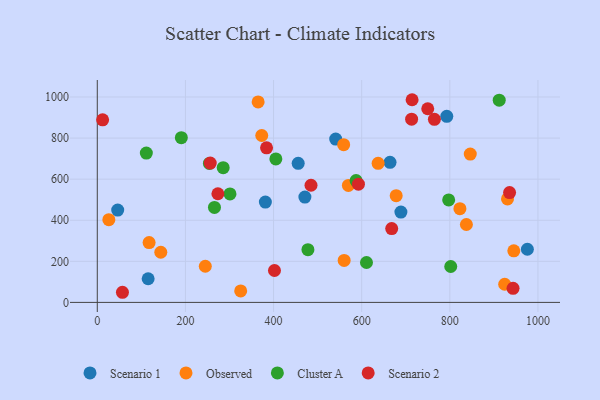
{"axis": {"x": "Investment", "y": "Sales"}, "legend": ["Cluster A", "Observed", "Scenario 1", "Scenario 2"], "data": [{"x": "381.4", "y": 488.7, "type": "Scenario 1"}, {"x": "793.1", "y": 906.0, "type": "Scenario 1"}, {"x": "664.3", "y": 682.2, "type": "Scenario 1"}, {"x": "46.3", "y": 449.5, "type": "Scenario 1"}, {"x": "689.0", "y": 439.7, "type": "Scenario 1"}, {"x": "976.0", "y": 258.9, "type": "Scenario 1"}, {"x": "471.1", "y": 512.6, "type": "Scenario 1"}, {"x": "455.9", "y": 677.0, "type": "Scenario 1"}, {"x": "115.4", "y": 115.2, "type": "Scenario 1"}, {"x": "541.0", "y": 795.2, "type": "Scenario 1"}, {"x": "144.1", "y": 244.1, "type": "Observed"}, {"x": "117.6", "y": 291.2, "type": "Observed"}, {"x": "837.6", "y": 379.4, "type": "Observed"}, {"x": "560.2", "y": 204.4, "type": "Observed"}, {"x": "569.8", "y": 569.6, "type": "Observed"}, {"x": "26.2", "y": 402.8, "type": "Observed"}, {"x": "930.9", "y": 504.0, "type": "Observed"}, {"x": "325.4", "y": 55.9, "type": "Observed"}, {"x": "637.3", "y": 676.9, "type": "Observed"}, {"x": "822.9", "y": 456.5, "type": "Observed"}, {"x": "245.1", "y": 176.1, "type": "Observed"}, {"x": "945.2", "y": 251.3, "type": "Observed"}, {"x": "924.5", "y": 88.3, "type": "Observed"}, {"x": "846.4", "y": 722.4, "type": "Observed"}, {"x": "559.1", "y": 768.0, "type": "Observed"}, {"x": "365.0", "y": 975.9, "type": "Observed"}, {"x": "373.2", "y": 812.7, "type": "Observed"}, {"x": "678.3", "y": 519.5, "type": "Observed"}, {"x": "912.1", "y": 984.6, "type": "Cluster A"}, {"x": "797.4", "y": 499.0, "type": "Cluster A"}, {"x": "111.3", "y": 727.1, "type": "Cluster A"}, {"x": "265.9", "y": 462.5, "type": "Cluster A"}, {"x": "478.0", "y": 256.5, "type": "Cluster A"}, {"x": "802.1", "y": 174.9, "type": "Cluster A"}, {"x": "610.9", "y": 194.2, "type": "Cluster A"}, {"x": "405.2", "y": 698.5, "type": "Cluster A"}, {"x": "254.4", "y": 676.5, "type": "Cluster A"}, {"x": "190.7", "y": 801.8, "type": "Cluster A"}, {"x": "285.7", "y": 656.2, "type": "Cluster A"}, {"x": "587.3", "y": 593.1, "type": "Cluster A"}, {"x": "301.1", "y": 528.2, "type": "Cluster A"}, {"x": "765.0", "y": 891.5, "type": "Scenario 2"}, {"x": "714.4", "y": 986.8, "type": "Scenario 2"}, {"x": "935.6", "y": 534.7, "type": "Scenario 2"}, {"x": "256.3", "y": 678.4, "type": "Scenario 2"}, {"x": "713.3", "y": 891.9, "type": "Scenario 2"}, {"x": "943.5", "y": 68.4, "type": "Scenario 2"}, {"x": "57.1", "y": 49.3, "type": "Scenario 2"}, {"x": "12.1", "y": 888.7, "type": "Scenario 2"}, {"x": "273.7", "y": 528.9, "type": "Scenario 2"}, {"x": "384.1", "y": 752.4, "type": "Scenario 2"}, {"x": "749.9", "y": 942.8, "type": "Scenario 2"}, {"x": "485.0", "y": 570.3, "type": "Scenario 2"}, {"x": "592.6", "y": 575.6, "type": "Scenario 2"}, {"x": "668.1", "y": 359.3, "type": "Scenario 2"}, {"x": "402.1", "y": 155.2, "type": "Scenario 2"}]}